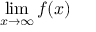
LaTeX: \operatorname* { l i m } _ { x \to \infty } f ( x )